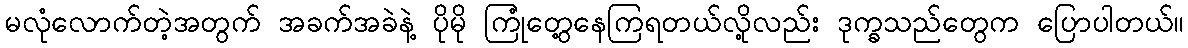
မလုံလောက်တဲ့အတွက် အခက်အခဲနဲ့ ပိုမို ကြုံတွေ့နေကြရတယ်လို့လည်း ဒုက္ခသည်တွေက ပြောပါတယ်။